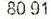
80.91